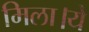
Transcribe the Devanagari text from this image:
मिला।ये